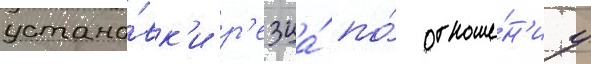
устано́вк'и р'езца́ по́ отноше́н'иу